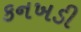
કનખડી